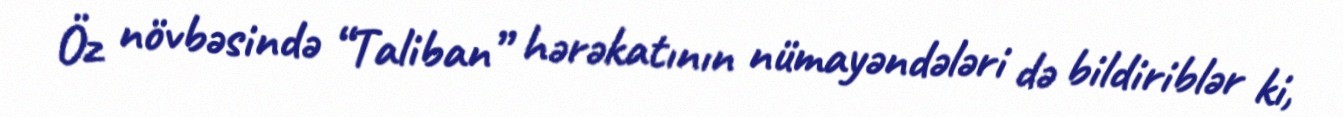
Öz növbəsində “Taliban” hərəkatının nümayəndələri də bildiriblər ki,